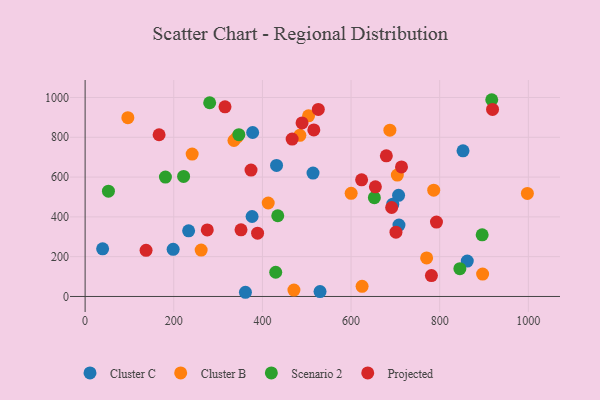
{"axis": {"x": "Distance", "y": "Salary"}, "legend": ["Cluster B", "Cluster C", "Projected", "Scenario 2"], "data": [{"x": "514.2", "y": 619.9, "type": "Cluster C"}, {"x": "852.6", "y": 732.1, "type": "Cluster C"}, {"x": "361.7", "y": 21.1, "type": "Cluster C"}, {"x": "378.0", "y": 823.9, "type": "Cluster C"}, {"x": "862.2", "y": 178.0, "type": "Cluster C"}, {"x": "431.9", "y": 658.5, "type": "Cluster C"}, {"x": "708.1", "y": 358.9, "type": "Cluster C"}, {"x": "198.6", "y": 236.9, "type": "Cluster C"}, {"x": "376.7", "y": 401.9, "type": "Cluster C"}, {"x": "707.2", "y": 508.1, "type": "Cluster C"}, {"x": "530.0", "y": 24.5, "type": "Cluster C"}, {"x": "694.1", "y": 464.0, "type": "Cluster C"}, {"x": "233.5", "y": 330.1, "type": "Cluster C"}, {"x": "39.5", "y": 239.4, "type": "Cluster C"}, {"x": "471.1", "y": 32.0, "type": "Cluster B"}, {"x": "261.8", "y": 233.4, "type": "Cluster B"}, {"x": "896.8", "y": 112.4, "type": "Cluster B"}, {"x": "96.4", "y": 898.3, "type": "Cluster B"}, {"x": "786.5", "y": 534.0, "type": "Cluster B"}, {"x": "704.4", "y": 610.3, "type": "Cluster B"}, {"x": "600.2", "y": 518.3, "type": "Cluster B"}, {"x": "484.5", "y": 809.9, "type": "Cluster B"}, {"x": "504.1", "y": 907.7, "type": "Cluster B"}, {"x": "342.7", "y": 800.2, "type": "Cluster B"}, {"x": "624.9", "y": 51.1, "type": "Cluster B"}, {"x": "241.5", "y": 715.5, "type": "Cluster B"}, {"x": "770.5", "y": 193.6, "type": "Cluster B"}, {"x": "687.6", "y": 835.8, "type": "Cluster B"}, {"x": "413.1", "y": 469.8, "type": "Cluster B"}, {"x": "997.8", "y": 517.8, "type": "Cluster B"}, {"x": "335.8", "y": 783.7, "type": "Cluster B"}, {"x": "845.5", "y": 139.9, "type": "Scenario 2"}, {"x": "181.2", "y": 599.8, "type": "Scenario 2"}, {"x": "281.0", "y": 973.4, "type": "Scenario 2"}, {"x": "895.8", "y": 309.7, "type": "Scenario 2"}, {"x": "346.9", "y": 813.0, "type": "Scenario 2"}, {"x": "430.0", "y": 121.8, "type": "Scenario 2"}, {"x": "222.2", "y": 603.1, "type": "Scenario 2"}, {"x": "917.4", "y": 988.7, "type": "Scenario 2"}, {"x": "652.6", "y": 496.4, "type": "Scenario 2"}, {"x": "434.6", "y": 405.6, "type": "Scenario 2"}, {"x": "52.6", "y": 529.2, "type": "Scenario 2"}, {"x": "351.7", "y": 335.0, "type": "Projected"}, {"x": "713.8", "y": 651.2, "type": "Projected"}, {"x": "781.3", "y": 104.8, "type": "Projected"}, {"x": "315.6", "y": 953.0, "type": "Projected"}, {"x": "374.3", "y": 635.1, "type": "Projected"}, {"x": "467.1", "y": 791.2, "type": "Projected"}, {"x": "919.2", "y": 939.8, "type": "Projected"}, {"x": "679.6", "y": 706.7, "type": "Projected"}, {"x": "526.1", "y": 940.1, "type": "Projected"}, {"x": "275.6", "y": 334.2, "type": "Projected"}, {"x": "516.0", "y": 837.0, "type": "Projected"}, {"x": "389.1", "y": 318.1, "type": "Projected"}, {"x": "792.7", "y": 373.7, "type": "Projected"}, {"x": "654.9", "y": 550.9, "type": "Projected"}, {"x": "623.8", "y": 586.3, "type": "Projected"}, {"x": "489.4", "y": 872.2, "type": "Projected"}, {"x": "691.6", "y": 447.0, "type": "Projected"}, {"x": "166.9", "y": 812.6, "type": "Projected"}, {"x": "137.5", "y": 231.9, "type": "Projected"}, {"x": "701.3", "y": 323.2, "type": "Projected"}]}